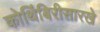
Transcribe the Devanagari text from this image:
कोथिंबिरीसारखे